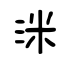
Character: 洣